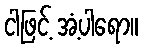
ငါဖြင့် အံ့ပါရော။